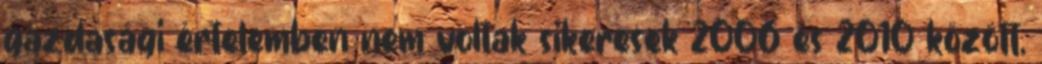
gazdasági értelemben nem voltak sikeresek 2006 és 2010 között,